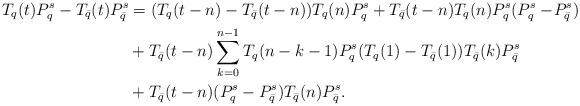
LaTeX: \begin{align*}T_q(t)P_q^s - T_{\bar{q}}(t)P_{\bar{q}}^s& = (T_q(t-n) - T_{\bar{q}}(t-n)) T_q(n) P_q^s+ T_{\bar{q}}(t-n) T_q(n) P_q^s(P_q^s-\! P_{\bar{q}}^s) \\ & + T_{\bar{q}}(t-n) \sum_{k=0}^{n-1} T_q(n-k-1) P_q^s (T_q(1) - T_{\bar{q}}(1)) T_{\bar{q}}(k)P_{\bar{q}}^s\\ & + T_{\bar{q}}(t-n) (P_q^s- P_{\bar{q}}^s) T_{\bar{q}}(n)P_{\bar{q}}^s.\end{align*}